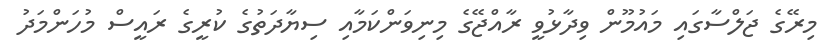
މިރޭގެ ޖަލްސާގައި މައުމޫން ވިދާޅުވީ ރާއްޖޭގެ މިނިވަންކަމާއި ސިޔާދަތުގެ ކުރީގެ ރައީސް މުހަންމަދު